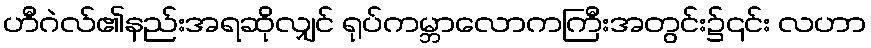
ဟီဂဲလ်၏နည်းအရဆိုလျှင် ရုပ်ကမ္ဘာလောကကြီးအတွင်း၌၎င်း လဟာ